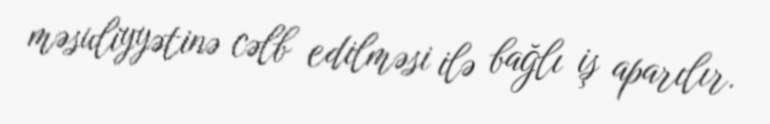
məsuliyyətinə cəlb edilməsi ilə bağlı iş aparılır.